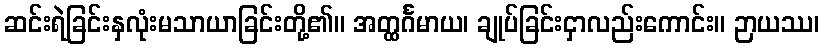
ဆင်းရဲခြင်းနှလုံးမသာယာခြင်းတို့၏။ အတ္ထင်္ဂမာယ၊ ချုပ်ခြင်းငှာလည်းကောင်း။ ဉာယဿ၊